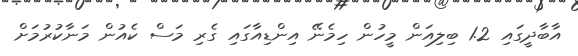
އާބާދީގައި 1.2 ބިލިއަން މީހުން ހިމެނޭ އިންޑިއާގައި ގެރި މަސް ކެއުން މަނާކުރުމަށް